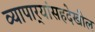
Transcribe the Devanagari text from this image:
व्यापार्‍यांसहदेखील